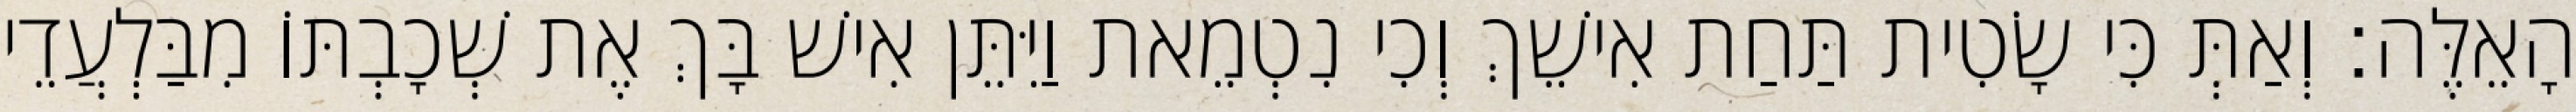
הָאֵלֶּה׃ וְאַתְּ כִּי שָׂטִית תַּחַת אִישֵׁךְ וְכִי נִטְמֵאת וַיִּתֵּן אִישׁ בָּךְ אֶת שְׁכָבְתּוֹ מִבַּלְעֲדֵי